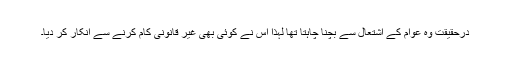
درحقیقت وہ عوام کے اشتعال سے بچنا چاہتا تھا لہٰذا اس نے کوئی بھی غیر قانونی کام کرنے سے انکار کر دیا۔